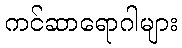
ကင်ဆာရောဂါများ